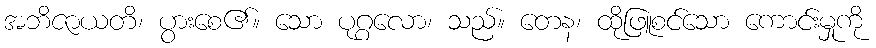
အဘိဇာယတိ၊ ပွားစေ၏။ သော ပုဂ္ဂလော၊ သည်။ တေန၊ ထိုဖြူစင်သော ကောင်းမှုကို